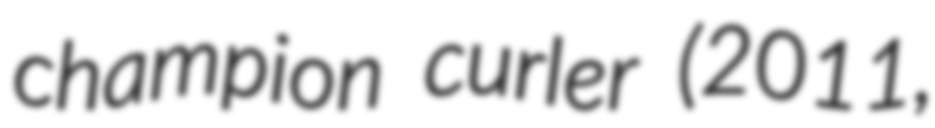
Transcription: champion curler (2011,